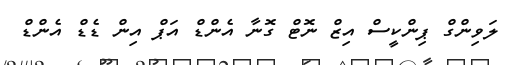
ލަވިންގް ޕިންކީސް އިޒް ނޮޓް ގޮނާ އެންޑް އަޕް އިން ޑެޑް އެންޑް